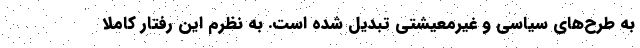
به طرح‌های سیاسی و غیرمعیشتی تبدیل شده است. به نظرم این رفتار کاملا